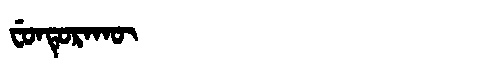
Manchu: ᠸᡠᠨᡨᡠᡵᠠᡴᡡ
Romanization: FUNTURAKŪ